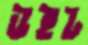
উইট